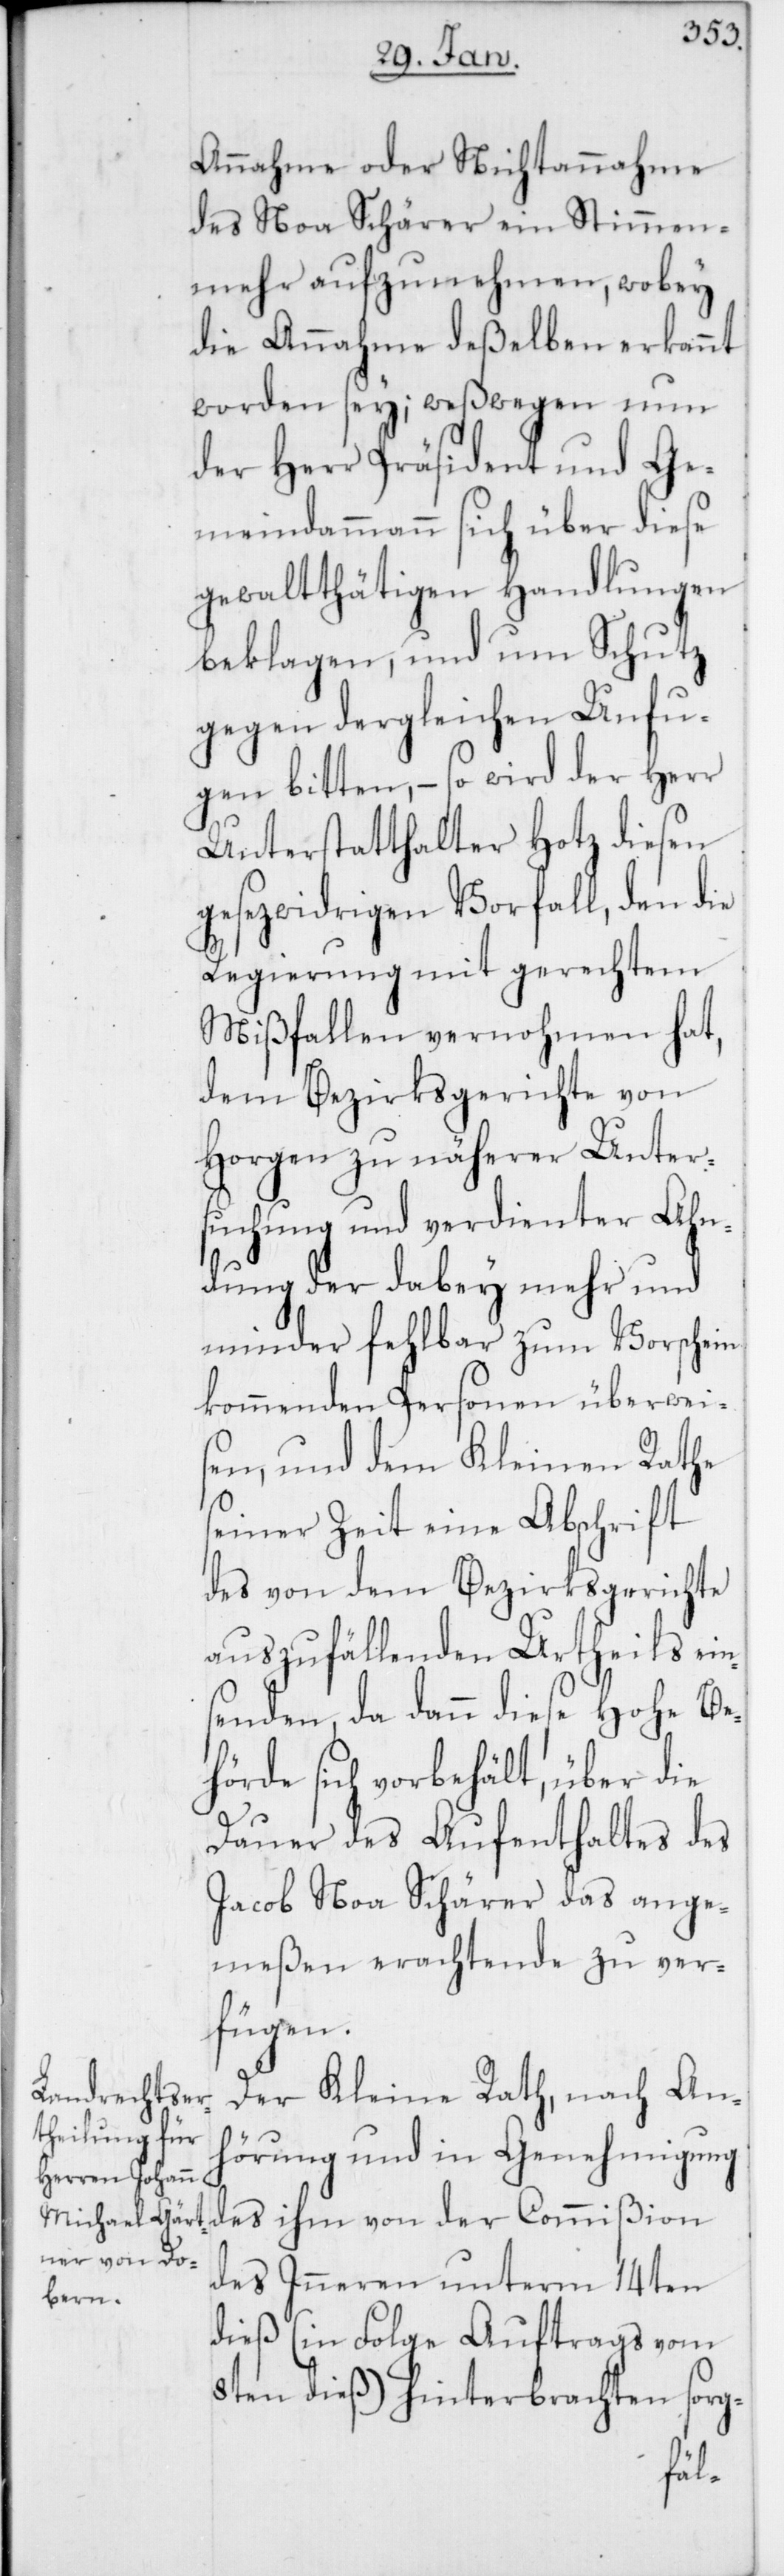
Annahme oder Nichtannahme
des Noa Schärer ein Stimmen¬
mehr aufzunehmen, wobey
die Annahme deßelben erkannt
worden sey; weßwegen nun
der Herr Präsident und Ge¬
meindammann sich über diese
gewaltthätigen Handlungen
beklagen, und um Schutz
gegen dergleichen Unfu¬
gen bitten, – so wird der Herr
Unterstatthalter Hotz diesen
gesezwidrigen Vorfall, den die
Regierung mit gerechtem
Mißfallen vernohmen hat,
dem Bezirksgerichte von
Horgen zu näherer Unter¬
suchung und verdienter Ahn¬
dung der dabey mehr und
minder fehlbar zum Vorschein
kommenden Personen überweis¬
en, und dem Kleinen Rathe
seiner Zeit eine Abschrift
des von dem Bezirksgerichte
auszufällenden Urtheils ein¬
senden, da dann diese Hohe Be¬
hörde sich vorbehält, über die
Dauer des Aufenthaltes des
Jacob Noa Schärer das ange¬
meßen erachtende zu ver¬
fügen.
Der Kleine Rath, nach An¬
hörung und in Genehmigung
des Inneren unterm 14ten
dieß (in Folge Auftrags vom
8ten dieß) hinterbrachten sorg-